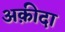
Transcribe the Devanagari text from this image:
अक़ीदा